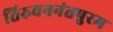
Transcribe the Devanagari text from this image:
तिरुवननंतपुरम